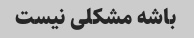
باشه مشکلی نیست